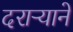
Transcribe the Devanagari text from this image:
दराऱ्याने